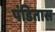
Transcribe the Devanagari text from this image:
पंडितास